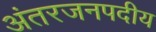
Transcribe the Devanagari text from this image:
अंतरजनपदीय